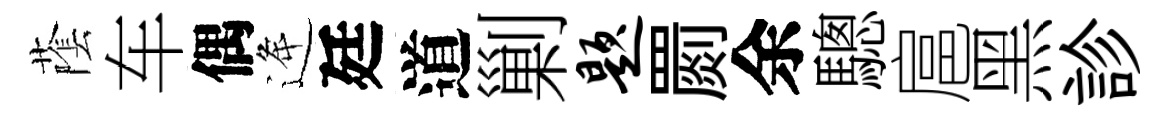
䕃车偶逄廷道剿题罽余驄扈黑診